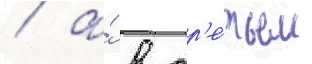
/ а́ в тр'е́тьем